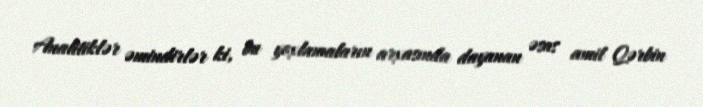
Analitiklər əmindirlər ki, bu yoxlamaların arxasında dayanan əsas amil Qərbin